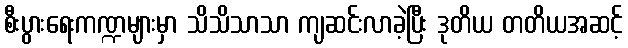
စီးပွားရေးကဏ္ဍများမှာ သိသိသာသာ ကျဆင်းလာခဲ့ပြီး ဒုတိယ တတိယအဆင့်